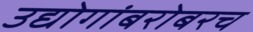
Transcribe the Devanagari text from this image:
उद्योगांबरोबरच